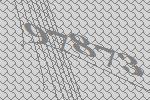
97873